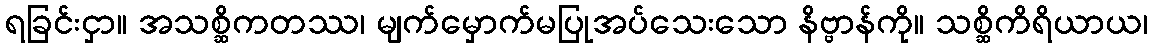
ရခြင်းငှာ။ အသစ္ဆိကတဿ၊ မျက်မှောက်မပြုအပ်သေးသော နိဗ္ဗာန်ကို။ သစ္ဆိကိရိယာယ၊